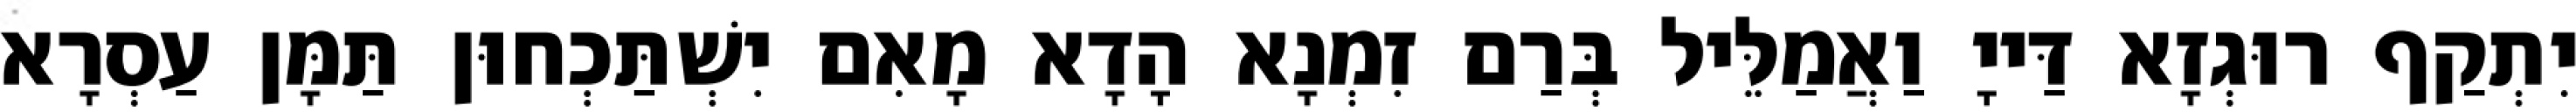
יִתְקַף רוּגְזָא דַּייָ וַאֲמַלֵּיל בְּרַם זִמְנָא הָדָא מָאִם יִשְׁתַּכְחוּן תַּמָּן עַסְרָא